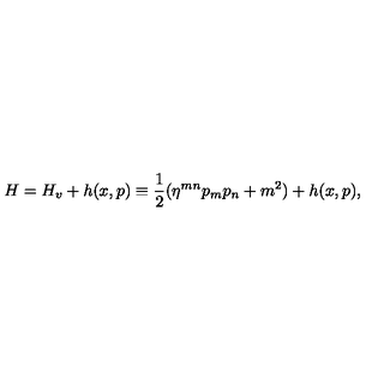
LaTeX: H = H _ { v } + h ( x , p ) \equiv \frac { 1 } { 2 } ( \eta ^ { m n } p _ { m } p _ { n } + m ^ { 2 } ) + h ( x , p ) ,